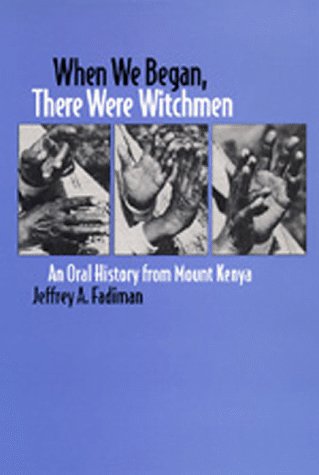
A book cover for When We Began, There Were Witchmen: An Oral History from Mount Kenya (Los Alamos Series in Basic and Applied Sciences, 13); Jeffrey A. Fadiman; History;